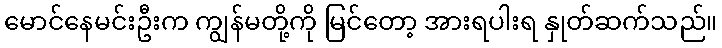
မောင်နေမင်းဦးက ကျွန်မတို့ကို မြင်တော့ အားရပါးရ နှုတ်ဆက်သည်။